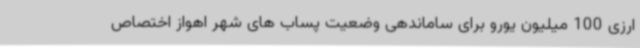
ارزی 100 میلیون یورو برای ساماندهی وضعیت پساب های شهر اهواز اختصاص